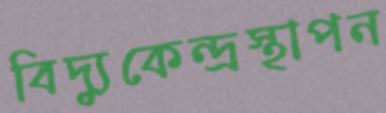
বিদ্যুকেন্দ্রস্থাপন